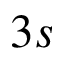
3 s